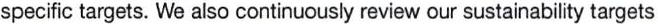
specific targets. We also continuously review our sustainability targets